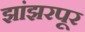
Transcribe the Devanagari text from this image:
झांझरपूर